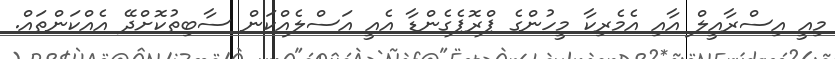
މިއީ އިސްރާއީލް އާއި އެމެރިކާ މީހުންގެ ޕްރޮޕެގެންޑާ އެއީ އަސްލެއްކަން ސާބިތުކޮށްދޭ އެއްކަންތައް.